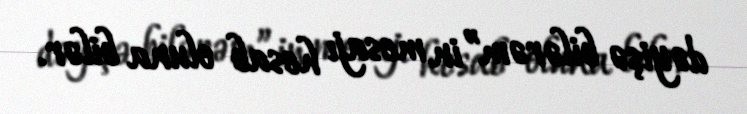
dəyişə bilərəm”in mesajı hesab oluna bilər.